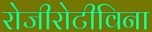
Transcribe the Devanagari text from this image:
रोजीरोटीविना